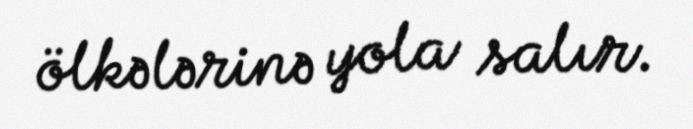
ölkələrinə yola salır.